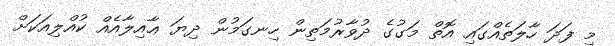
މި ފަދަ ހާލަތެއްގައި އޮތް މަގުގެ ދުވާރުމަތިން ހިނގަމުން ދިޔަ ޢާއިލާއެއް ކުއްލިއަކަށް